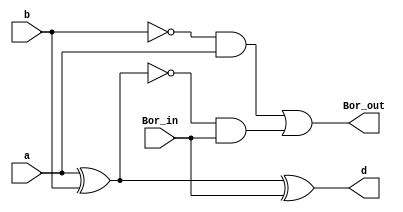
module full_subtractor (
  output Bor_out, d,
  input a, b, Bor_in
  );

wire int1, int2, int3, int4, b_bar;

// d = (a xor b) xor Bor_in
xor (int1, a, b);
xor (d, int1, Bor_in);

// Bor_out = ((a xor b)' and Bor_in) or (a and b')
not (int2, int1);
and (int3, int2, Bor_in); //(a xor b)' and Bor_in
not (b_bar, b);
and (int4, b_bar, a); //a and b'
or  (Bor_out, int4, int3);

endmodule